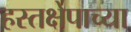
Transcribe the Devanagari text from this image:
हस्तक्षेपाच्या